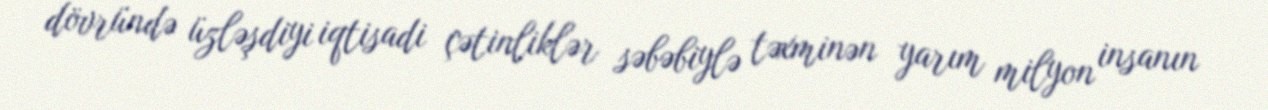
dövründə üzləşdiyi iqtisadi çətinliklər səbəbiylə təxminən yarım milyon insanın